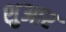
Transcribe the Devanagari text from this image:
शुआर